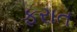
ફરાત